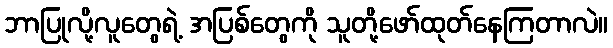
ဘာပြုလို့လူတွေရဲ့ အပြစ်တွေကို သူတို့ဖော်ထုတ်နေကြတာလဲ။